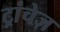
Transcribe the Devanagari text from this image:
ट्रांचेज़